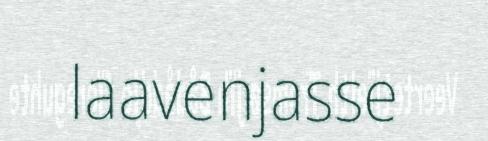
laavenjasse